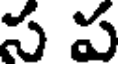
స ప